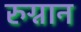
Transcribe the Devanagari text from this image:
रुग्नान